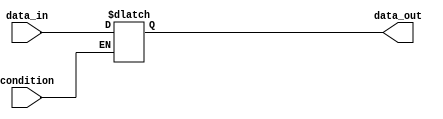
module simple_assign_statement (
    input wire condition,
    input wire data_in,
    output reg data_out
);

// Behavioral modeling block with simple assign statement
always @(condition) begin
    if (condition) begin
        data_out = data_in;
    end
end

endmodule